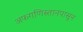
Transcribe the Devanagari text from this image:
अफगणिस्तानपासून